Lunatic asylums Punjab 1911-1921 - 1911-1921
Year: 1911
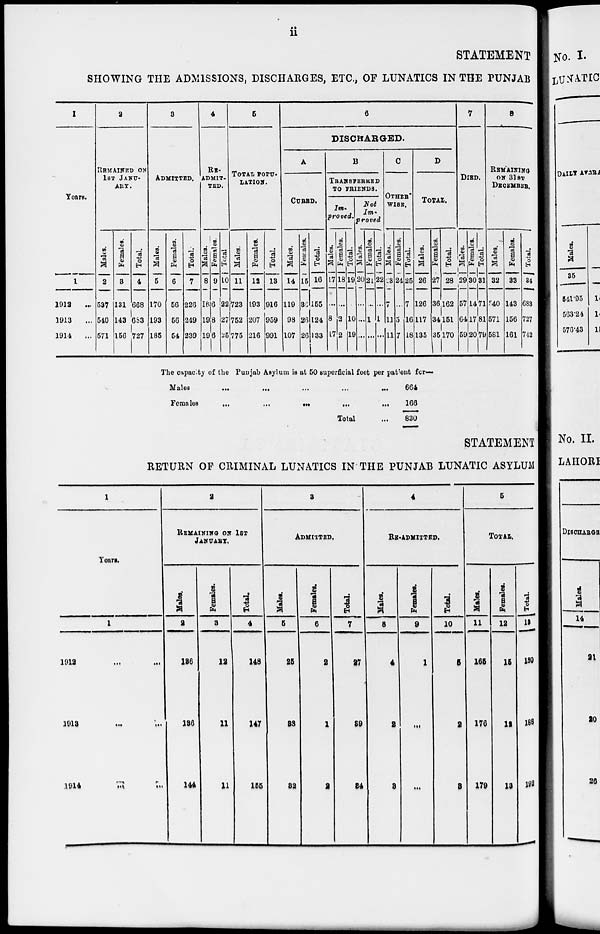
ii
STATEMENT
SHOWING THE ADMISSIONS, DISCHARGES, ETC., OF LUNATICS IN THE PUNJAB
1
Years.
1
1912
...
1913
...
1914 ...
2
REMAINED ON
1ST JANU-
---.
Males.
2
537
540
571
Females.
3
131
143
156
Total.
4
668
683
727
3
ADMITTED.
Males.
5
170
193
185
Females.
6
56
56
54
Total.
7
226
249
239
4
RE-
------
---.
Males.
8
16
19
19
Females.
9
6
8
6
Total
10
22
27
25
5
TOTAL POPU-
LATION.
Males.
11
723
752
775
Females.
12
193
207
216
Total.
13
916
959
991
6
DISCHARGED.
A
CURED.
Males.
14
119
98
107
Females.
15
36
26
26
Total.
16
155
124
133
B
TRANSFERRED
TO FRIENDS.
Im-
proved.
Males.
17
...
8
17
Females.
18
...
2
2
Total.
19
...
10
19
Not
Im-
proved
Males.
20
...
...
...
Females.
21
...
1
...
Total.
22
...
1
...
C
OTHER
WISE.
Males.
23
7
11
11
Females.
24
...
5
7
Total.
25
7
16
18
D
TOTAL.
Males.
26
126
117
135
Females.
27
36
34
35
Total.
28
162
151
170
7
DIED.
Males.
29
57
64
59
Females.
30
14
17
20
Total.
31
71
81
79
8
REMAINING
ON 31ST
DECEMBER.
Males.
32
540
571
581
Females.
33
143
156
161
Total
34
683
727
742
The capacity of the Punjab Asylum is at 50 superficial foot per patient for—
Males
...
...
...
...
Females
...
...
...
...
Total ...
664
166
830
STATEMENT
RETURN OF CRIMINAL LUNATICS IN THE PUNJAB LUNATIC ASYLUM
1
Years.
1
1912
...
...
1913
...
...
1914
...
...
2
REMAINING ON 1ST
JANUARY.
Males.
2
136
136
144
Females.
3
12
11
11
Total.
4
148
147
155
3
ADMITTED.
Males.
5
25
38
32
Females.
6
2
1
2
Total.
7
27
39
34
4
RE-ADMITTED.
Males.
8
4
2
3
Females.
9
1
...
...
Total.
10
5
2
3
5
TOTAL.
Males.
11
165
176
179
Females.
12
15
12
13
Total.
13
180
188
192